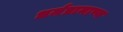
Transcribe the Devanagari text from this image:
धर्मप्रामाण्य